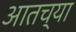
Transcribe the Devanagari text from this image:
आतच्या